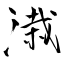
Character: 溨